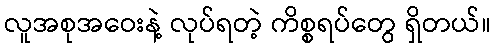
လူအစုအဝေးနဲ့ လုပ်ရတဲ့ ကိစ္စရပ်တွေ ရှိတယ်။